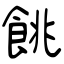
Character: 餆